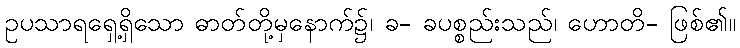
ဥပသာရရှေ့ရှိသော ဓာတ်တို့မှနောက်၌၊ ခ- ခပစ္စည်းသည်၊ ဟောတိ- ဖြစ်၏။